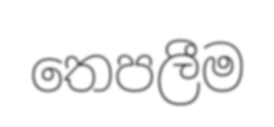
තෙපලීම